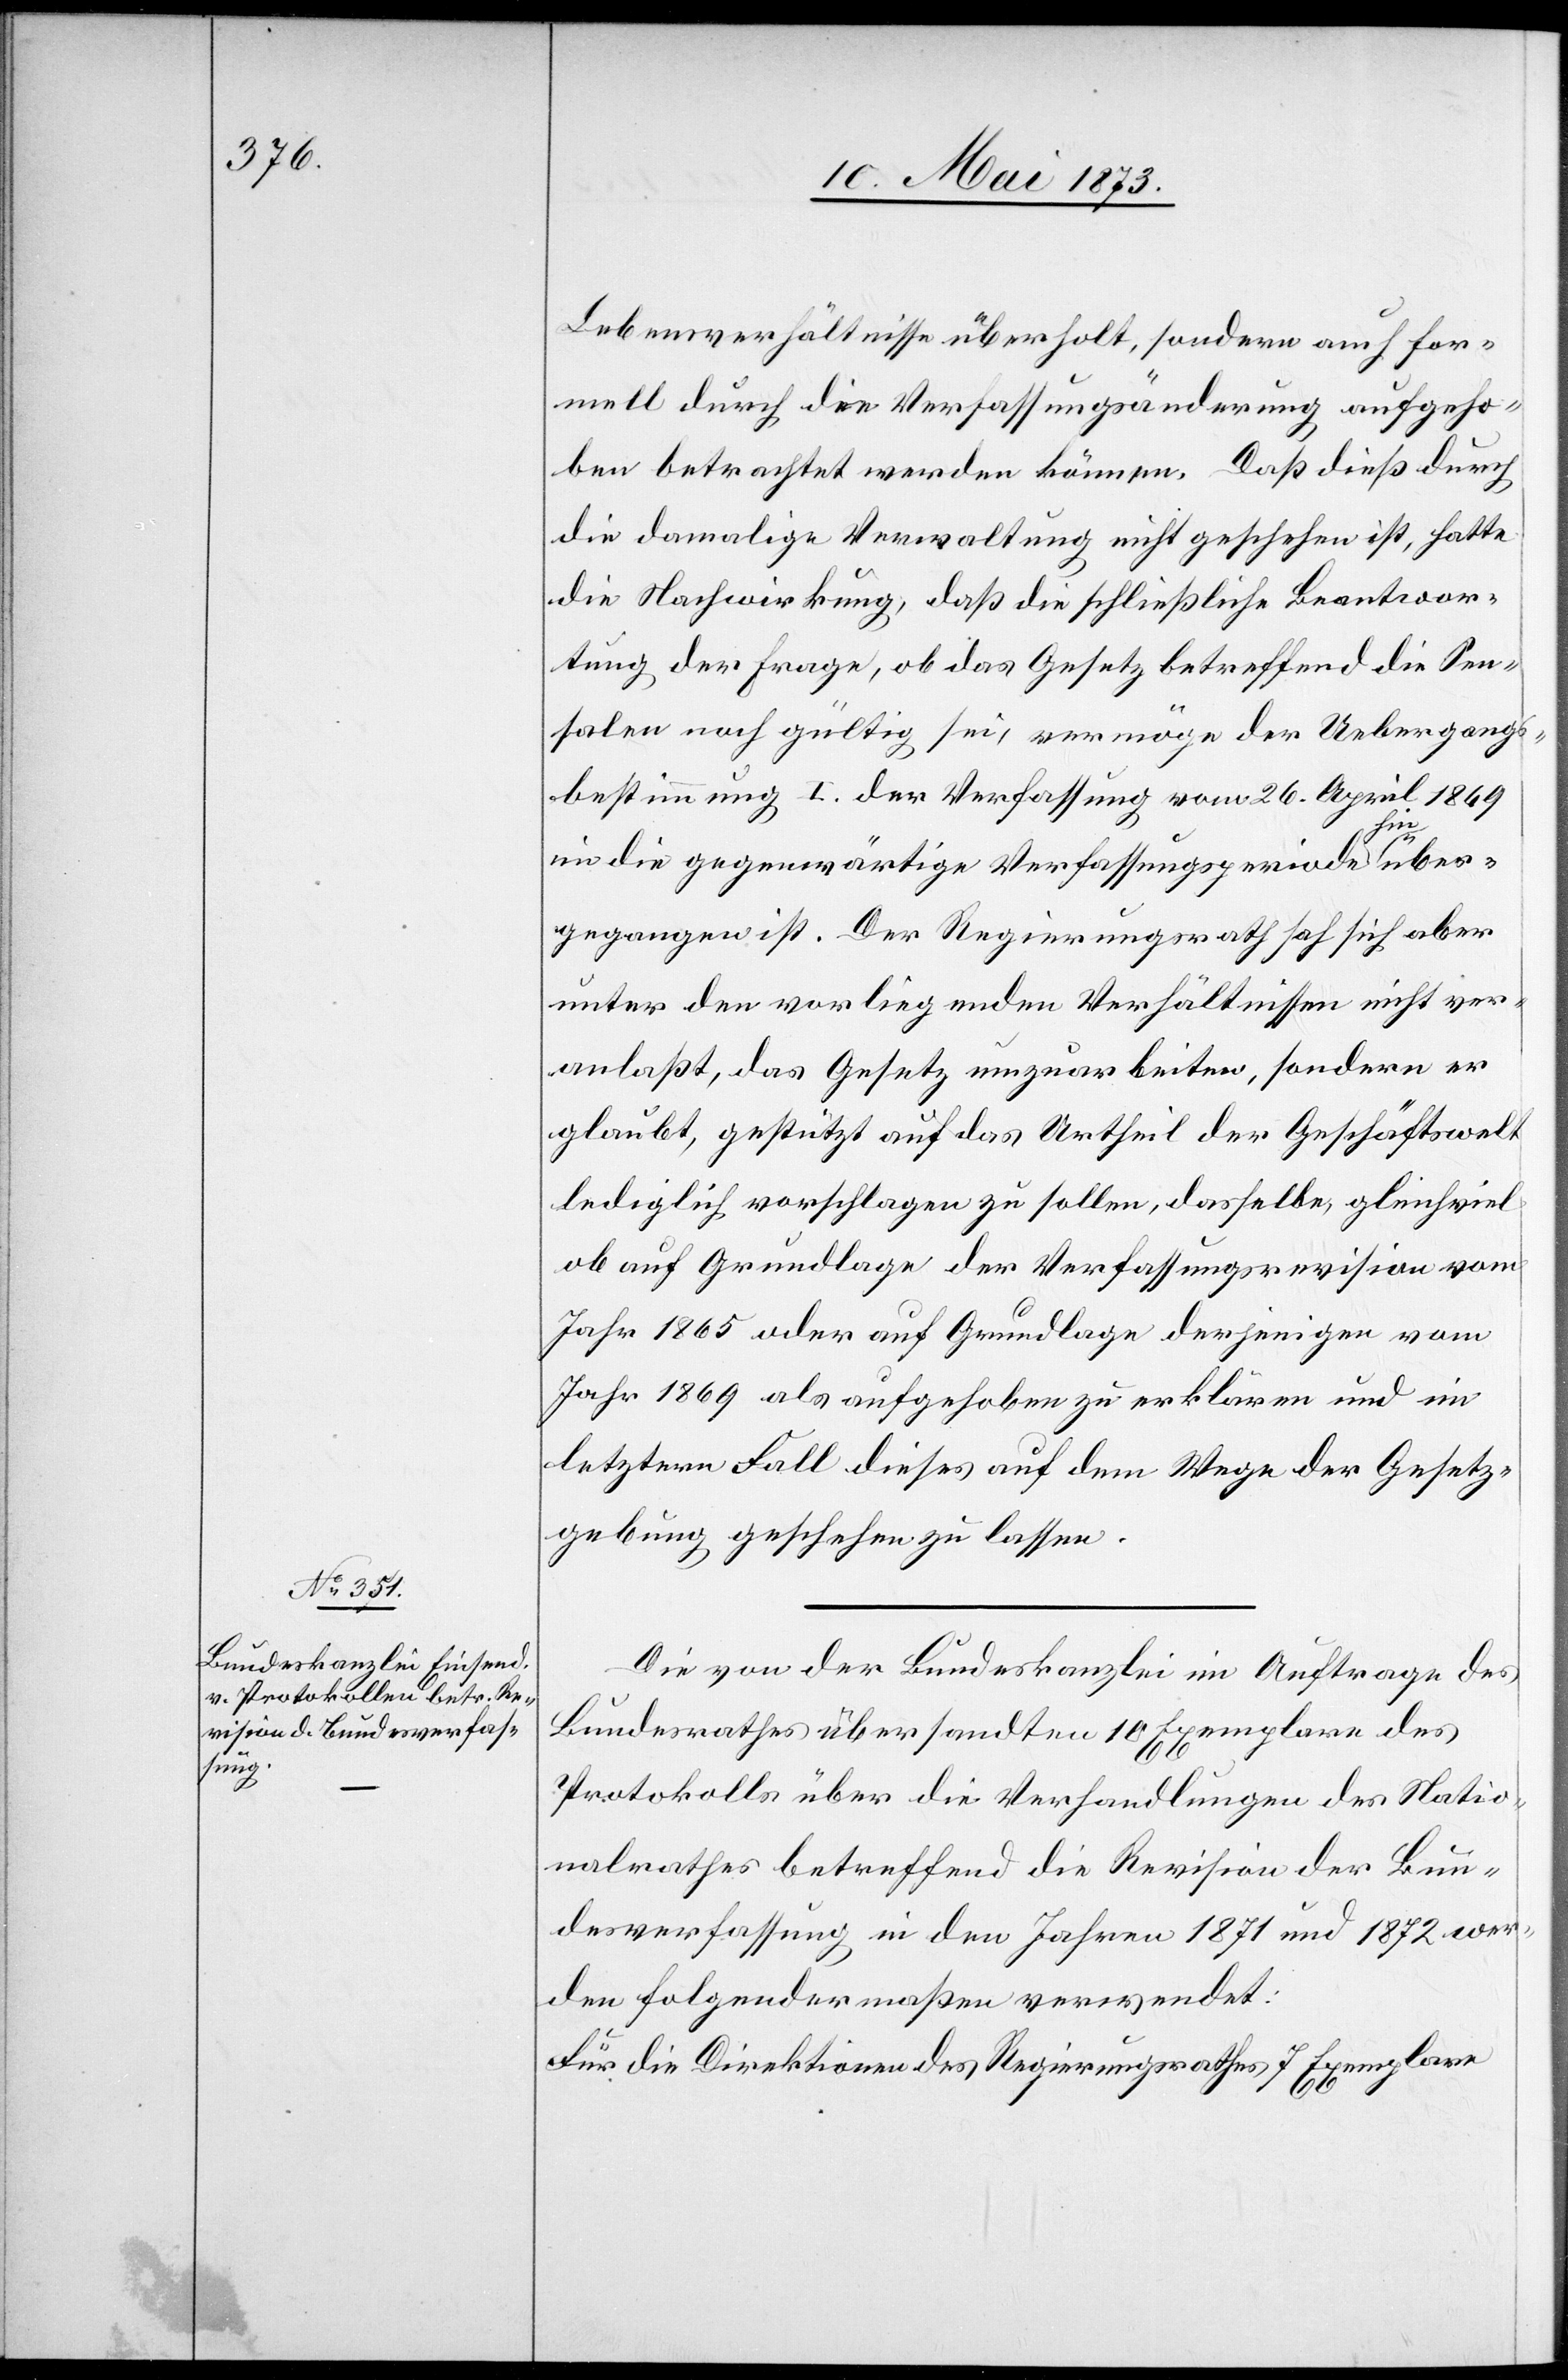
Lebensverhältnisse überholt, sondern auch for¬
mell durch die Verfassungsänderung aufgeho¬
ben betrachtet werden können. Daß dieß durch
die damalige Verwaltung nicht geschehen ist, hatte
die Nachwirkung, daß die schließliche Beantwor¬
tung der Frage, ob das Gesetz betreffend die Sen¬
salen noch gültig sei, vermöge der Uebergangs¬
bestimmung I. der Verfassung vom 26. April 1869
in die gegenwärtige Verfassungsperiode hinüber¬
gegangen ist. Der Regierungsrath sah sich aber
unter den vorliegenden Verhältnissen nicht ver¬
anlaßt, das Gesetz umzuarbeiten, sondern er
glaubt, gestützt auf das Urtheil der Geschäftswelt
lediglich vorschlagen zu sollen, dasselbe, gleichviel
ob auf Grundlage der Verfassungsrevision vom
Jahr 1865 oder auf Grundlage derjenigen vom
Jahr 1869 als aufgehoben zu erklären und im
letztern Fall dieses auf dem Wege der Gesetz¬
gebung geschehen zu lassen.
Die von der Bundeskanzlei im Auftrage des
Bundesrathes übersandten 10 Exemplare des
Protokolls über die Verhandlungen des Natio¬
nalrathes betreffend die Revision der Bun¬
desverfassung in den Jahren 1871 und 1872 wer¬
den folgendermaßen verwendet:
Für die Direktion des Regierungsrathes 7 Exemplare